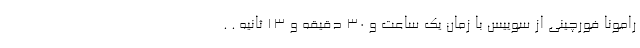
رامونا فورچینی از سوییس با زمان یک ساعت و ۳۰ دقیقه و ۱۳ ثانیه . .